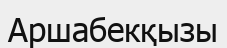
Аршабекқызы